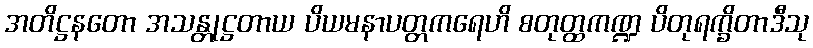
အတိဋ္ဌနတော အသန္တုဋ္ဌတာယ ပိယမနာပတ္တကရေဟိ စတုတ္ထကဏ္ဍ ပိတုရက္ခိတာဒီသု